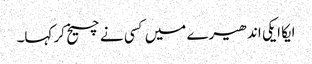
ایکا ایکی اندھیرے میں کسی نے چیخ کر کہا۔